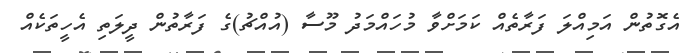
އެގޮތުން އަމިއްލަ ފަރާތެއް ކަމަށްވާ މުހައްމަދު މޫސާ (އުއްޗު)ގެ ފަރާތުން ދީލަތި އެހީތަކެއް